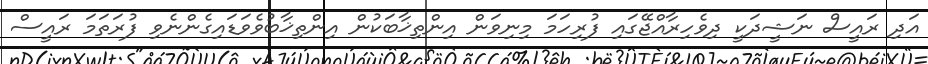
އަދި ރައީސް ނަޝީދަކީ ދިވެހިރާއްޖޭގައި ފުރިހަމަ މިނިވަން އިންތިޚާބަކުން އިންތިޚާބުވެވަޑައިގެންނެވި ފުރަތަމަ ރައީސް